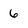
Character: 6